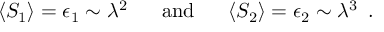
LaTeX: \langle S _ { 1 } \rangle = \epsilon _ { 1 } \sim \lambda ^ { 2 } \, \, \, \, \, \, \, \, \mathrm { ~ a n d ~ } \, \, \, \, \, \, \, \, \langle S _ { 2 } \rangle = \epsilon _ { 2 } \sim \lambda ^ { 3 } \, \, \, .